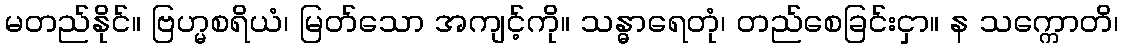
မတည်နိုင်။ ဗြဟ္မစရိယံ၊ မြတ်သော အကျင့်ကို။ သန္ဓာရေတုံ၊ တည်စေခြင်းငှာ။ န သက္ကောတိ၊